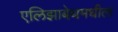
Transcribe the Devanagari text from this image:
एलिझाबेथमधील